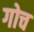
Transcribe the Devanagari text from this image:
गोच